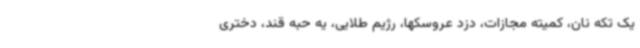
یک تکه نان، کمیته مجازات، دزد عروسکها، رژیم طلایی، یه حبه قند، دختری